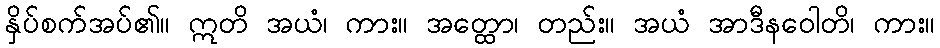
နှိပ်စက်အပ်၏။ ဣတိ အယံ၊ ကား။ အတ္ထော၊ တည်း။ အယံ အာဒီနဝေါတိ၊ ကား။